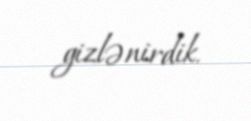
gizlənirdik.